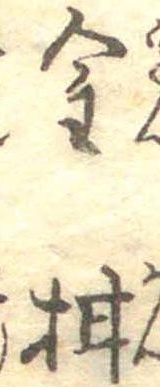
金柑